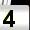
Digit: 4